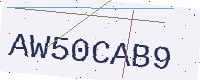
Text: AW50CAB9